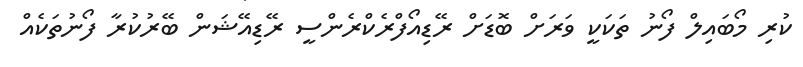
ކުރި މޯބައިލް ފޯނު ތަކަކީ ވަރަށް ބޮޑަށް ރޭޑިއޯފްރެކްރެންސީ ރޭޑިއޭޝަން ބޭރުކުރާ ފޯނުތަކެއް